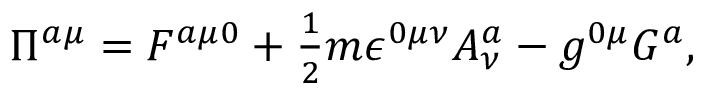
\Pi ^ { a \mu } = F ^ { a \mu 0 } + \textstyle { \frac { 1 } { 2 } } m \epsilon ^ { 0 \mu \nu } A _ { \nu } ^ { a } - g ^ { 0 \mu } G ^ { a } ,